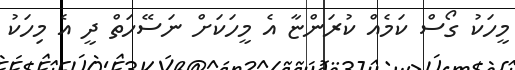
މީހަކު ގޯސް ކަމެއް ކުރަންޏާ އެ މީހަކަށް ނަސޭހަތް ދީ އެ މިހަކު